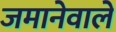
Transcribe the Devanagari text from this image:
जमानेवाले